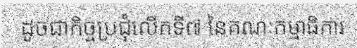
ដូចជាកិច្ចប្រជុំលើកទី៧ នៃគណៈកម្មាធិការ